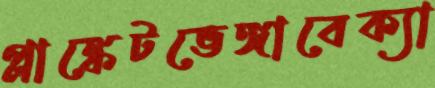
প্লাঙ্কেটভেঙ্গাবেক্যা